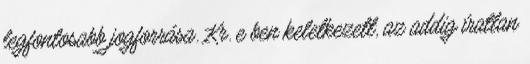
legfontosabb jogforrása. Kr. e ben keletkezett, az addig íratlan